Lunatic asylums Punjab 1881-1894 - 1881-1894
Year: 1881
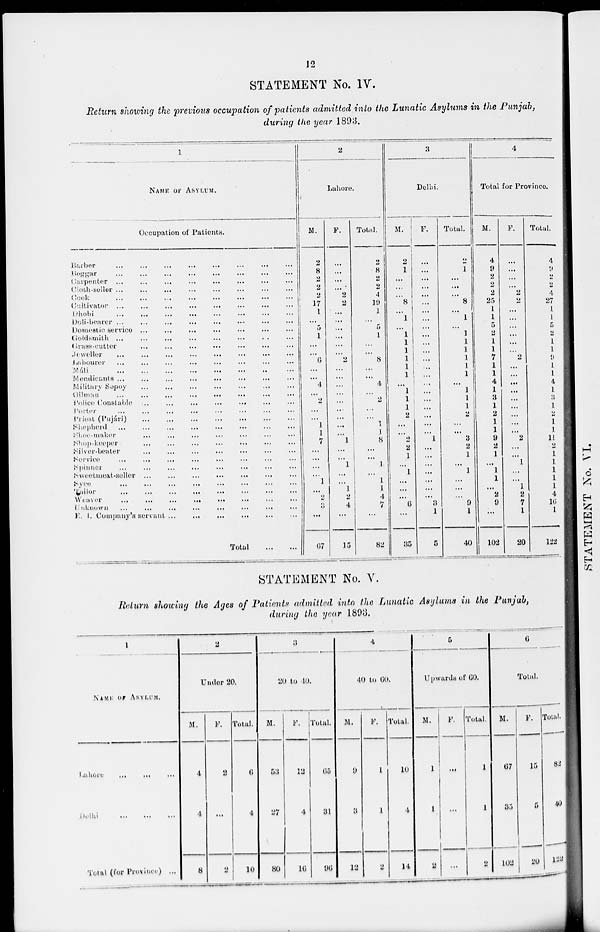
12
STATEMENT No. IV.
Return showing the previous occupation of patients admitted into the Lunatic Asylums in the Punjab,
during the year 1893.
1
NAME OF ASYLUM.
Occupation of Patients.
Barber ... ... ... ... ... ... ... ...
Beggar ... ... ... ... ... ... ... ...
Carpenter ... ... ... ... ... ... ... ...
Cloth-Seller
...
...
...
...
...
...
...
...
Cook
...
...
...
...
...
...
...
...
Cultivator ... ... ... ... ... ... ... ...
Dhobi
...
...
...
...
...
...
...
...
Deli-bearer ... ... ... ... ... ... ... ...
Domestic service ... ... ... ... ... ... ... ...
Goldsmith
...
...
...
...
...
...
...
...
Grass-cutter ... ... ... ... ... ... ... ...
Jeweller ... ... ... ... ... ... ... ...
Labourer ... ... ... ... ... ... ... ...
Máli
...
...
...
...
...
...
...
...
Mendicants ... ... ... ... ... ... ... ...
Military Sepoy ... ... ... ... ... ... ... ...
Oilpuan ... ... ... ... ... ... ... ...
Police Constable ... ... ... ... ... ... ... ...
Porter ... ... ... ... ... ... ... ...
Priest (Pujári)
...
...
...
...
...
...
...
...
Shepherd ... ... ... ... ... ... ... ...
Shop-maker
...
...
...
...
...
...
...
...
Shop-keeper
...
...
...
...
...
...
...
...
Silver-beater ... ... ... ... ... ... ... ...
Service ... ... ... ... ... ... ... ...
Spinner ... ... ... ... ... ... ... ...
Sweetmeat-seller ... ... ... ... ... ... ... ...
Syce ... ... ... ... ... ... ... ...
Tailor
...
...
...
...
...
...
...
...
Weaver
...
...
...
...
...
...
...
...
Unkown
...
...
...
...
...
...
...
...
E . I. Company's servant ... ... ... ... ... ... ... ...
Total
...
...
2
Lahore.
M.
2
8
2
2
2
17
1
...
5
1
...
...
6
...
...
4
...
2
...
...
1
1
7
...
...
...
...
1
...
2
3
...
67
F.
...
...
...
...
2
2
...
...
...
...
...
...
2
...
...
...
...
...
...
...
...
...
1
...
...
1
...
...
1
2
4
...
15
Total.
2
8
2
2
4
19
1
...
5
1
...
...
8
...
...
4
...
2
...
...
1
1
8
...
...
1 ...
1
1
4
7
...
82
3
Delhi.
M.
2
1
...
...
...
8
...
1
...
1
1
1
1
1
1
...
1
1
1
2
...
...
2
2
1
...
1
...
...
...
6
...
35
F.
...
...
...
...
...
...
...
...
...
...
...
...
...
...
...
...
...
...
...
...
...
...
1
...
...
...
...
...
...
...
3
1
5
Total.
2
1
...
...
...
8
...
1
...
1
1
1
1
1
1
...
1
1
1
2
...
...
3
2
1
...
1
...
...
...
9
1
40
4
Total for Province
M.
4
9
2
2
2
25
1
1
5
2
1
1
7
1
1
4
1
3
1
2
1
1
9
2
1
...
1
1
...
2
9
1
102
F.
...
...
...
...
2
2
...
...
...
...
...
...
2
...
...
...
...
...
...
...
...
...
2
...
...
1
...
...
1
2
7
1
20
Total.
4
9
2
2
4
27
1
1
5
2
1
1
9
1
1
4
1
3
1
2
1
1
11
2
1
1
1
1
1
1
16
1
122
STATEMENT No. V.
Return showing the Ages of Patients admitted into the Lunatic Asylums in the Punjab,
during the year 1893.
1
NAME OF ASYLUM.
Lahore
...
...
...
Delhi ... ... ...
Total (for Province) ...
2
Under 20.
M.
4
4
8
F.
2
...
2
Total.
6
4
10
3
20 to 10.
M.
53
27
80
F.
12
4
16
Total.
65
31
96
4
40 to 60.
M.
9
3
12
F.
1
1
2
Total.
10
4
14
5
Upwards of 60.
M.
1
1
2
F.
...
...
...
Total.
1
1
2
6
Total.
M.
67
35
102
F.
15
5
20
Total.
82
40
122